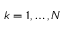
k = 1 , \ldots , N